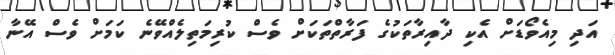
އަދި މިއެވޯޑަށް އެކި ދާއިރާތަކުގެ ފަރާތްތަކަށް ވެސް ކުރިމަތިލެއްވޭނެ ކަމަށް ވެސް އޭނާ